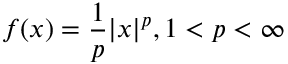
f ( x ) = { \frac { 1 } { p } } | x | ^ { p } , 1 < p < \infty